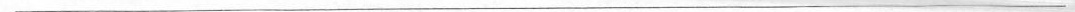
___